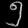
Digit: ၅